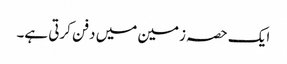
ایک حصہ زمین میں دفن کرتی ہے۔